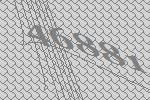
46881